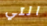
التي